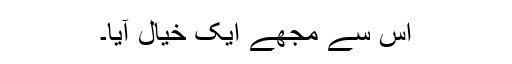
اس سے مجھے ایک خیال آیا۔